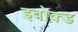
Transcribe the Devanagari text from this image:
इवोक्ड